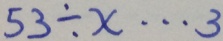
5 3 \div x \cdots 3